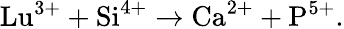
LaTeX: \mathrm{Lu}^{3+}+\mathrm{Si}^{4+}\to\mathrm{Ca}^{2+}+\mathrm{P}^{5+}.